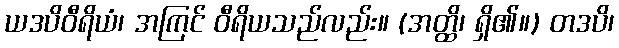
ယဒပိဝီရိယံ၊ အကြင် ဝီရိယသည်လည်း။ (အတ္ထိ၊ ရှိ၏။) တဒပိ၊